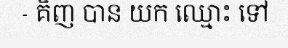
- គិញ បាន យក ឈ្មោះ ទៅ